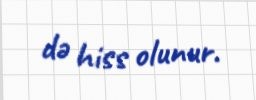
də hiss olunur.